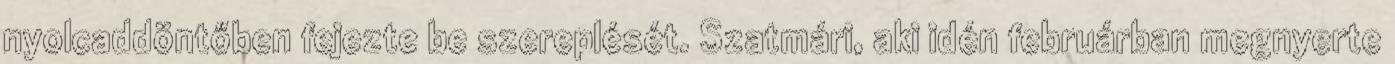
nyolcaddöntőben fejezte be szereplését. Szatmári, aki idén februárban megnyerte